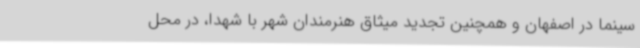
سینما در اصفهان و همچنین تجدید میثاق هنرمندان شهر با شهدا، در محل